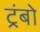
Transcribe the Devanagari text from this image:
ट्रंबो